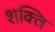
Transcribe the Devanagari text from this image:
श्‍ाक्‍ित